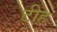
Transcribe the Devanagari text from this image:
टीह